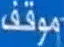
موقف